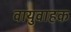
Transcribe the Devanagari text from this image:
वायुवाहक